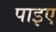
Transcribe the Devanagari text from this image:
पाइए